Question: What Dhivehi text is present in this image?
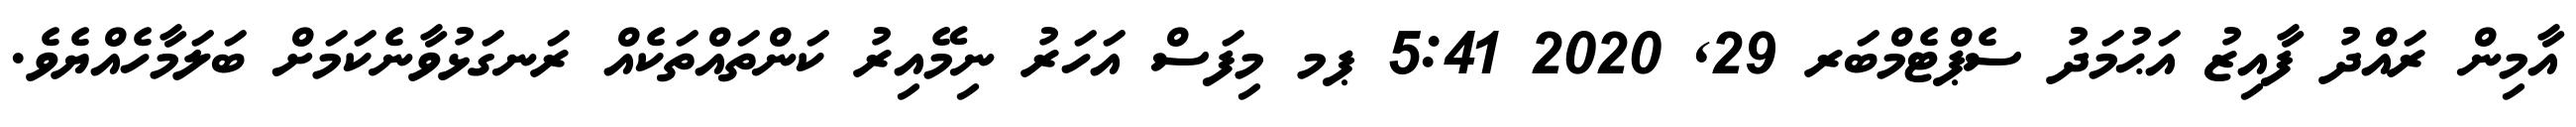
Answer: އާމިން ރައްދު ފާއިޒު އަޙުމަދު ސެޕްޓެމްބަރ 29, 2020 5:41 ޕމ މިފަސް އަހަރު ނިމޭއިރު ކަންތައްތަކެއް ރަނގަޅުވާނެކަމަށް ބަލަމާހެއްޔެވެ.